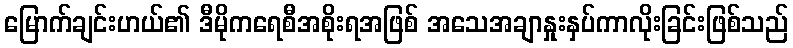
မြောက်ချင်းဟယ်၏ ဒီမိုကရေစီအစိုးရအဖြစ် အသေအချာနှုးနှပ်ကာလိုးခြင်းဖြစ်သည်